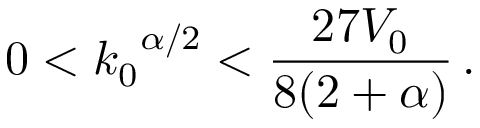
0 < { k _ { 0 } } ^ { \alpha / 2 } < \frac { 2 7 V _ { 0 } } { 8 ( 2 + \alpha ) } \, .